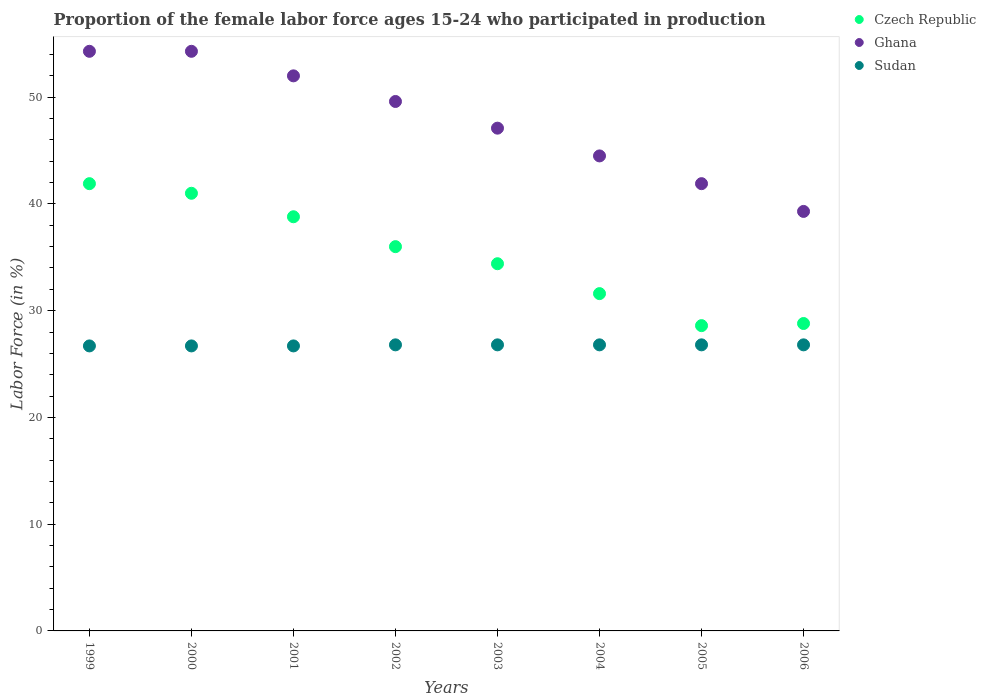
| Years | Czech Republic | Ghana | Sudan |
 | --- | --- | --- | --- |
 | 1999 | 41.9 | 54.3 | 26.7 |
 | 2000 | 41 | 54.3 | 26.7 |
 | 2001 | 38.8 | 52 | 26.7 |
 | 2002 | 36 | 49.6 | 26.8 |
 | 2003 | 34.4 | 47.1 | 26.8 |
 | 2004 | 31.6 | 44.5 | 26.8 |
 | 2005 | 28.6 | 41.9 | 26.8 |
 | 2006 | 28.8 | 39.3 | 26.8 |